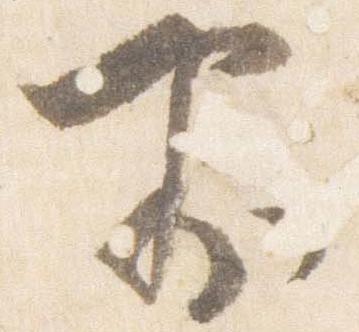
前